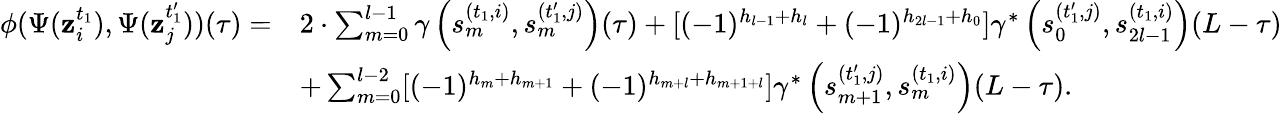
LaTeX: \begin{array}{rl}{\phi(\Psi(\mathbf{z}_{i}^{t_{1}}),\Psi(\mathbf{z}_{j}^{t_{1}^{\prime}}))(\tau)=}&{2\cdot\sum_{m=0}^{l-1}\gamma\left(s_{m}^{(t_{1},i)},s_{m}^{(t_{1}^{\prime},j)}\right)(\tau)+[(-1)^{h_{l-1}+h_{l}}+(-1)^{h_{2l-1}+h_{0}}]\gamma^{*}\left(s_{0}^{(t_{1}^{\prime},j)},s_{2l-1}^{(t_{1},i)}\right)(L-\tau)}\\ &{+\sum_{m=0}^{l-2}[(-1)^{h_{m}+h_{m+1}}+(-1)^{h_{m+l}+h_{m+1+l}}]\gamma^{*}\left(s_{m+1}^{(t_{1}^{\prime},j)},s_{m}^{(t_{1},i)}\right)(L-\tau).}\end{array}